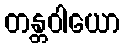
တန္တဝါယော